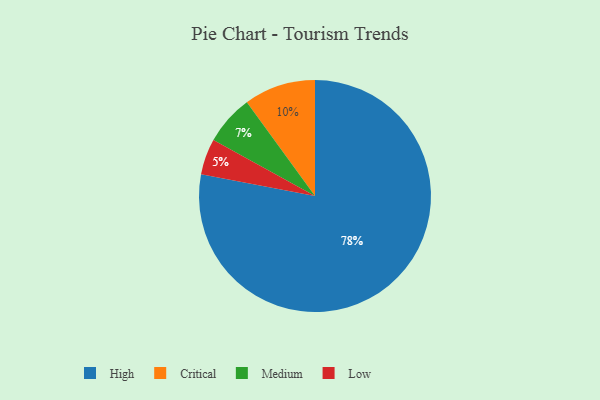
{"axis": {"x": "Category", "y": "Percentage"}, "legend": ["Critical", "High", "Low", "Medium"], "data": [{"x": "Low", "y": 5, "type": "Low"}, {"x": "High", "y": 78, "type": "High"}, {"x": "Critical", "y": 10, "type": "Critical"}, {"x": "Medium", "y": 7, "type": "Medium"}]}